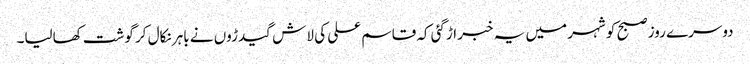
دوسرے روز صبح کو شہر میں یہ خبر اڑگئی کہ قاسم علی کی لاش گیدڑوں نے باہر نکال کر گوشت کھالیا۔